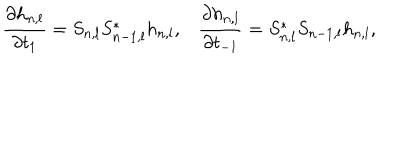
\frac { \partial h _ { n , l } } { \partial t _ { 1 } } = S _ { n , l } S _ { n - 1 , l } ^ { * } h _ { n , l } , \frac { \partial h _ { n , l } } { \partial t _ { - 1 } } = S _ { n , l } ^ { * } S _ { n - 1 , l } h _ { n , l } ,